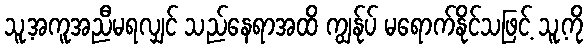
သူ့အကူအညီမရလျှင် သည်နေရာအထိ ကျွန်ုပ် မရောက်နိုင်သဖြင့် သူ့ကို